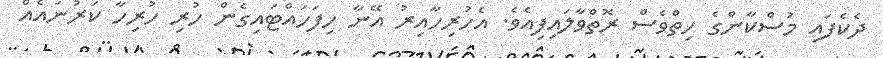
ދެކެފައި މުސްކާންގެ ހިތްވެސް ރޮތްވާލައިފިއެވެ. އެހުރިހާއިރު އޭނާ ހިފަހައްޓައިގެން ހުރި ހުރިހާ ކަރުނައެއް